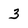
Character: 3